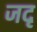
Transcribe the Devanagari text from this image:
जदृ